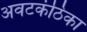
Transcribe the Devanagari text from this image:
अवटकंठिका